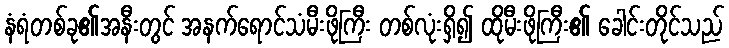
နံရံတစ်ခု၏အနီးတွင် အနက်ရောင်သံမီးဖိုကြီး တစ်လုံးရှိ၍ ထိုမီးဖိုကြီး၏ ခေါင်းတိုင်သည်